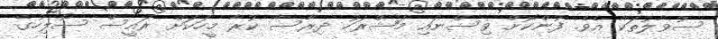
ސުވާލުތަކާ އެވެ. ފުންކޮށް ވިސްނައި މަޝްރަހު ދިރާސާ ކުރާ މީހަކަށް ރައީސް ސޯލިހުގެ